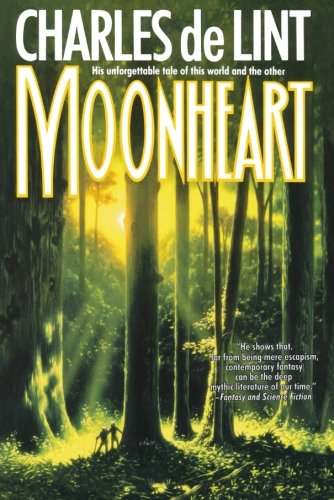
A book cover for Moonheart; Charles de Lint; Science Fiction & Fantasy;